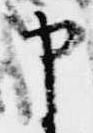
申